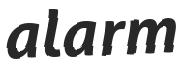
alarm